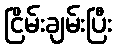
ငြိမ်းချမ်းပြီး